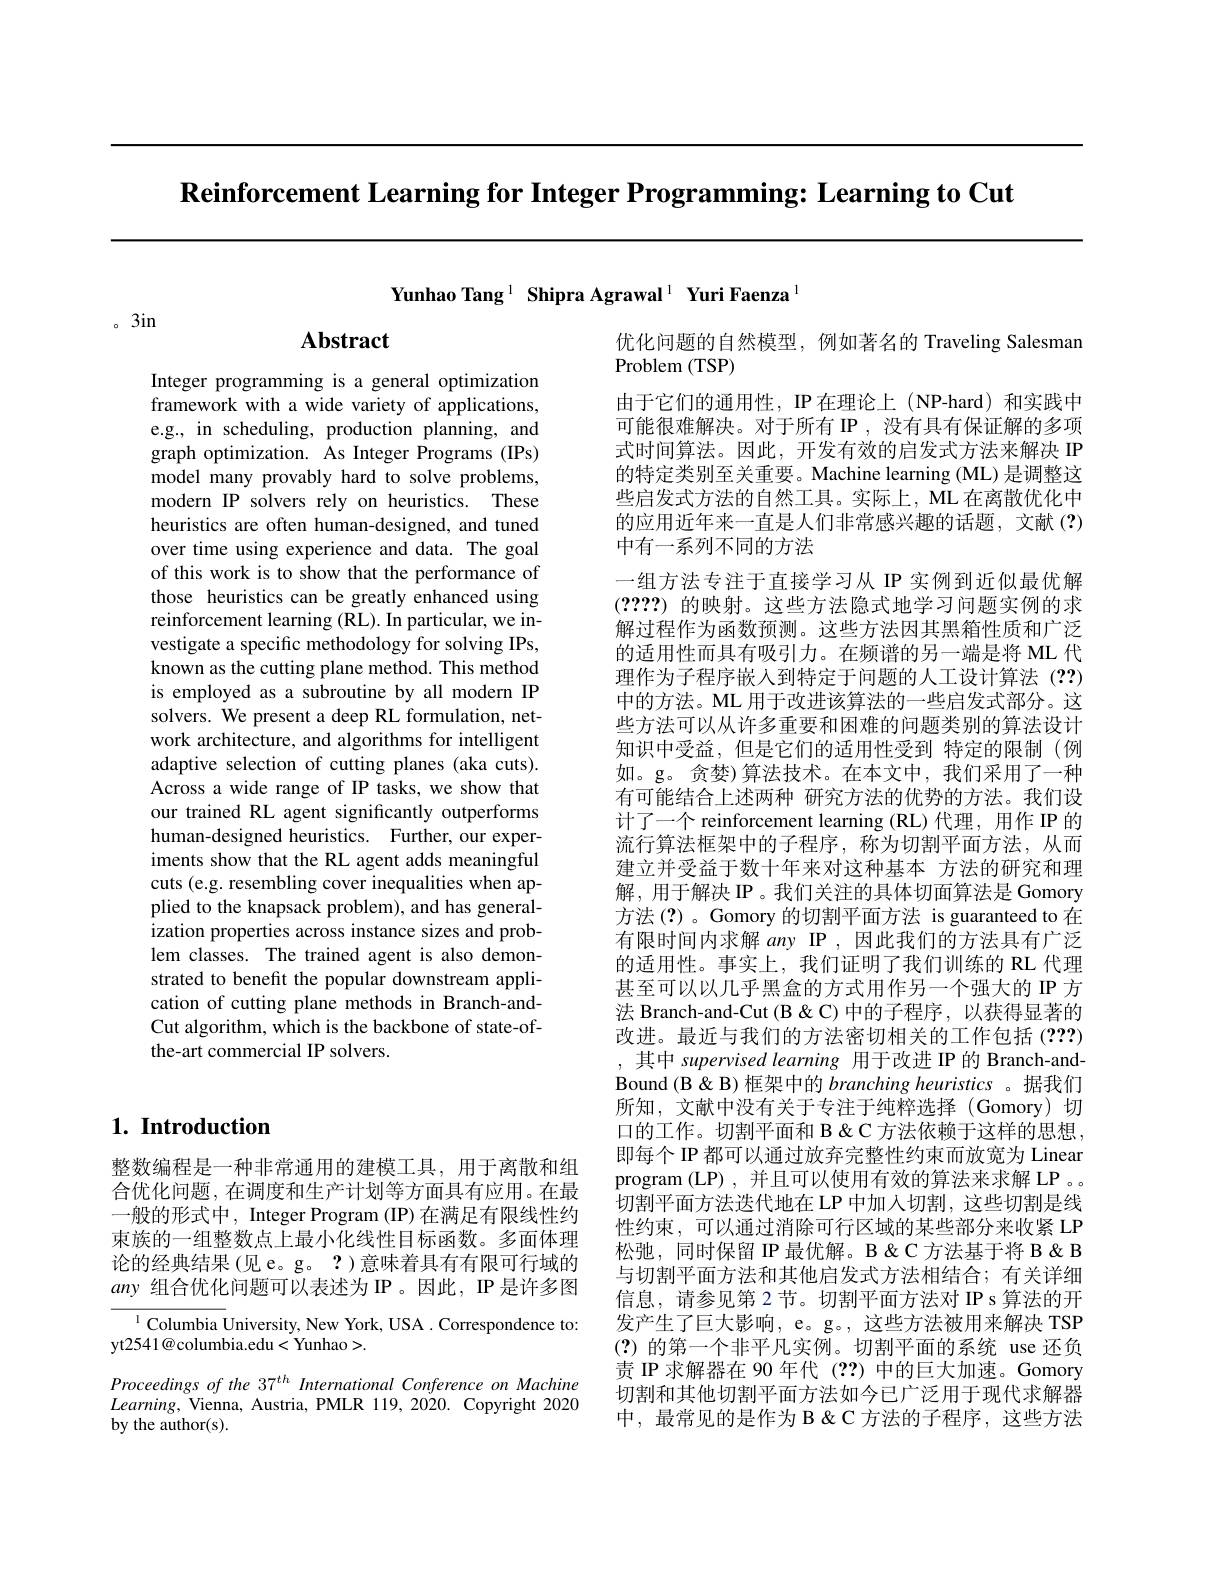
$\textbf{Reinforcement Learning for Integer Programming: Learning to Cut}$

Yunhao Tang$^{1}\textbf{Shipra Agrawal}^{1}\textbf{ Yuri Faenza}^{1}$

。3in

## Abstract

Integer programming is a general optimization framework with a wide variety of applications, e.g., in scheduling, production planning, and graph optimization. As Integer Programs (IPs) model many provably hard to solve problems, modern IP solvers rely on heuristics. These heuristics are often human-designed, and tuned over time using experience and data. The goal of this work is to show that the performance of those heuristics can be greatly enhanced using reinforcement learning (RL). In particular, we investigate a specific methodology for solving IPs, known as the cutting plane method. This method is employed as a subroutine by all modern IP solvers. We present a deep RL formulation, network architecture, and algorithms for intelligent adaptive selection of cutting planes (aka cuts). Across a wide range of IP tasks, we show that our trained RL agent significantly outperforms human-designed heuristics. Further, our experiments show that the RL agent adds meaningful cuts (e.g. resembling cover inequalities when applied to the knapsack problem), and has generalization properties across instance sizes and problem classes. The trained agent is also demonstrated to benefit the popular downstream application of cutting plane methods in Branch-andCut algorithm, which is the backbone of state-ofthe-art commercial IP solvers.

## $1. \textbf{ Introduction}$

整数编程是一种非常通用的建模工具，用于离散和组合优化问题，在调度和生产计划等方面具有应用。在最一般的形式中，Integer Program (IP) 在满足有限线性约束族的一组整数点上最小化线性目标函数。多面体理论的经典结果(见 e。g。?)意味着具有有限可行域的any组合优化问题可以表述为IP。因此，IP是许多图

$^{1}$ Columbia University, New York, USA . Correspondence to:
yt2541@columbia.edu<Yunhao>.

Proceedings of the 37$^{th}$ International Conference on Machine $Learning$, Vienna, Austria, PMLR 119, 2020. Copyright 2020 by the author(s).

优化问题的自然模型，例如著名的 Traveling Salesman
Problem ( TSP)
由于它们的通用性，IP在理论上(NP-hard)和实践中可能很难解决。对于所有 IP , 没有具有保证解的多项式时间算法。因此，开发有效的启发式方法来解决 IP 的特定类别至关重要。Machine learning (ML) 是调整这些启发式方法的自然工具。实际上，ML 在离散优化中的应用近年来一直是人们非常感兴趣的话题，文献(?) 中有一系列不同的方法
一组方法专注于直接学习从 IP 实例到近似最优解(????)的映射。这些方法隐式地学习问题实例的求解过程作为函数预测。这些方法因其黑箱性质和广泛的适用性而具有吸引力。在频谱的另一端是将 ML 代理作为子程序嵌入到特定于问题的人工设计算法(??) 中的方法。ML 用于改进该算法的一些启发式部分。这些方法可以从许多重要和困难的问题类别的算法设计知识中受益，但是它们的适用性受到 特定的限制(例如。g。贪婪)算法技术。在本文中，我们采用了一种有可能结合上述两种 研究方法的优势的方法。我们设计了一个 reinforcement learning (RL)代理，用作 IP 的流行算法框架中的子程序，称为切割平面方法，从而建立并受益于数十年来对这种基本 方法的研究和理解，用于解决 IP。我们关注的具体切面算法是 Gomory 方法(?)。Gomory 的切割平面方法 is guaranteed to 在有限时间内求解 any IP ,因此我们的方法具有广泛的适用性。事实上，我们证明了我们训练的 RL 代理甚至可以以几乎黑盒的方式用作另一个强大的 IP 方法 Branch-and-Cut (B & C) 中的子程序，以获得显著的改进。最近与我们的方法密切相关的工作包括 (2??) ,其中 supervised learning 用于改进 IP 的 Branch-andBound (B & B) 框架中的 branching heuristics 。据我们所知，文献中没有关于专注于纯粹选择(Gomory)切口的工作。切割平面和 B & C 方法依赖于这样的思想即每个 IP 都可以通过放弃完整性约束而放宽为 Linear program (LP),并且可以使用有效的算法来求解 LP 。切割平面方法迭代地在 LP 中加入切割，这些切割是线性约束，可以通过消除可行区域的某些部分来收紧 LP 松弛，同时保留 IP 最优解。B & C 方法基于将 B & B 与切割平面方法和其他启发式方法相结合；有关详细信息，请参见第 2节。切割平面方法对 IP s 算法的开发产生了巨大影响，e。g。, 这些方法被用来解决 TSP (?)的第一个非平凡实例。切割平面的系统 use 还负责 IP 求解器在 90 年代 (??)中的巨大加速。Gomory 切割和其他切割平面方法如今已广泛用于现代求解器中，最常见的是作为 B & C 方法的子程序，这些方法